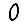
Digit: 0